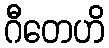
ဂီတေဟိ